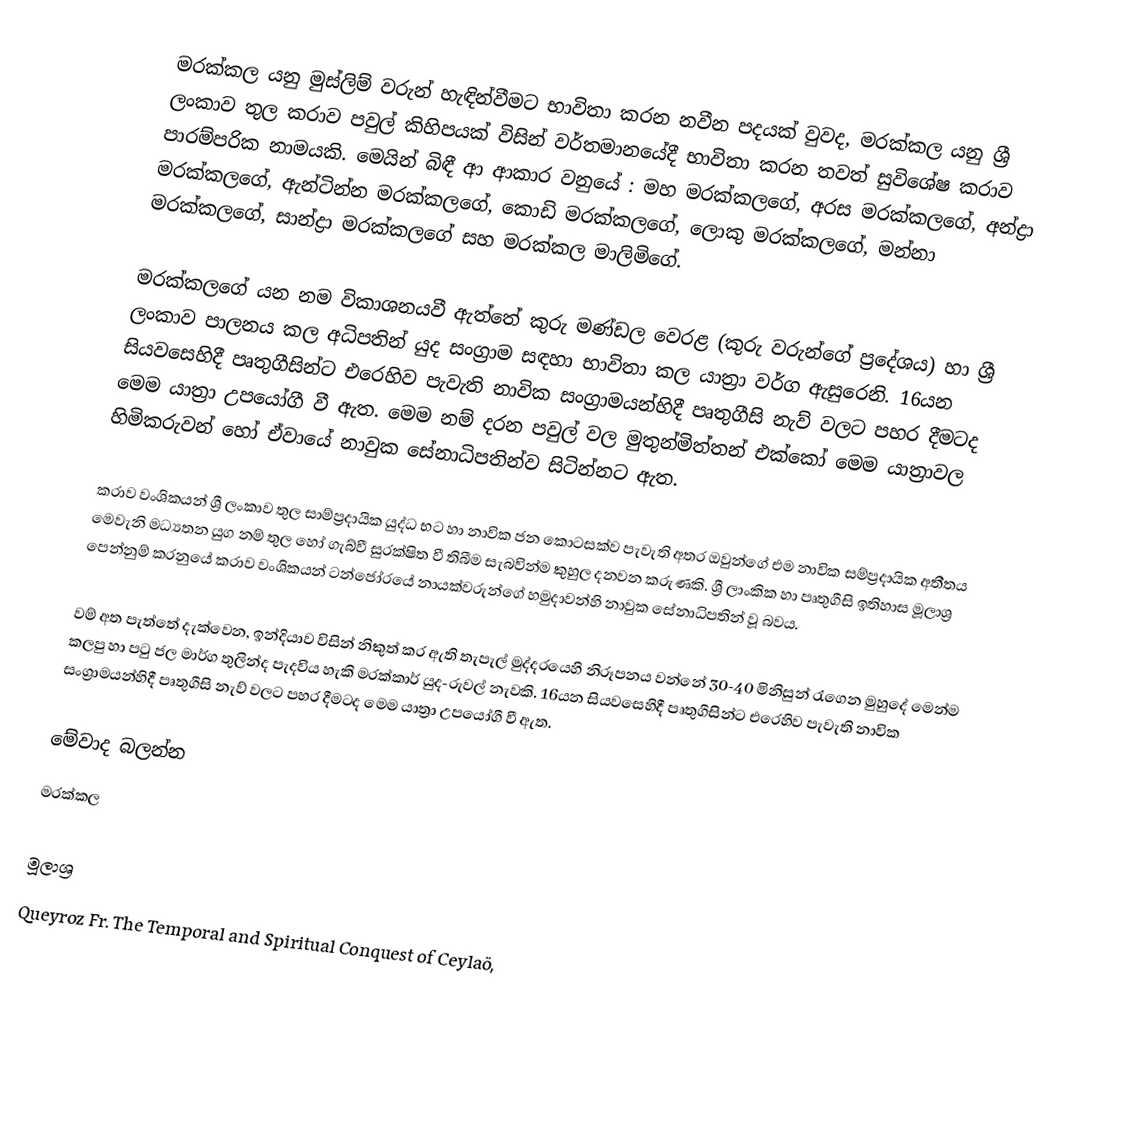
මරක්කල   යනු මුස්ලිම් වරුන් හැඳින්වීමට භාවිතා කරන නවීන පදයක් වුවද, මරක්කල යනු ශ්‍රී ලංකාව තුල කරාව පවුල් කිහිපයක් විසින් වර්තමානයේදී භාවිතා කරන තවත් සුවිශේෂ කරාව පාරම්පරික නාමයකි.  මෙයින් බිඳී ආ ආකාර වනුයේ : මහ මරක්කලගේ, අරස මරක්කලගේ, අන්ද්‍රා මරක්කලගේ, ඇන්ටින්න මරක්කලගේ, කොඩි මරක්කලගේ, ලොකු මරක්කලගේ, මන්නා මරක්කලගේ, සාන්ද්‍රා මරක්කලගේ සහ මරක්කල මාලිමිගේ.

මරක්කලගේ යන නම විකාශනයවී ඇත්තේ කුරු මණ්ඩල වෙරළ (කුරු වරුන්ගේ ප්‍රදේශය) හා ශ්‍රී ලංකාව පාලනය කල අධිපතින් යුද සංග්‍රාම සඳහා භාවිතා කල යාත්‍රා වර්ග ඇසුරෙනි. 16යන සියවසෙහිදී පෘතුගීසින්ට එරෙහිව පැවැති නාවික සංග්‍රාමයන්හිදී පෘතුගීසි නැව් වලට පහර දීමටද මෙම යාත්‍රා උපයෝගී වී ඇත.  මෙම නම් දරන පවුල් වල මුතුන්මිත්තන් එක්කෝ මෙම යාත්‍රාවල හිමිකරුවන් හෝ ඒවායේ නාවුක සේනාධිපතින්ව සිටින්නට ඇත.

කරාව වංශිකයන් ශ්‍රී ලංකාව තුල සාම්ප්‍රදායික යුද්ධ භට හා නාවික ජන කොටසක්ව පැවැති අතර ඔවුන්ගේ එම නාවික සම්ප්‍රදායික අතීතය මෙවැනි මධ්‍යතන යුග නම් තුල හෝ  ගැබ්වී සුරක්ෂිත වී තිබීම සැබවින්ම කුහුල දනවන කරුණකි. ශ්‍රී ලාංකික හා පෘතුගීසි ඉතිහාස මූලාශ්‍ර පෙන්නුම් කරනුයේ කරාව වංශිකයන් ටන්ජෝරයේ නායක්වරුන්ගේ හමුදාවන්හි නාවුක සේනාධිපතින් වූ බවය.

වම් අත පැත්තේ දැක්වෙන, ඉන්දියාව විසින් නිකුත් කර ඇති තැපැල් මුද්දරයෙහි නිරූපනය වන්නේ 30-40 මිනිසුන් රැගෙන මුහුදේ මෙන්ම කලපු  හා පටු ජල මාර්ග තුලින්ද පැදවිය හැකි  මරක්කාර් යුද-රුවල් නැවකි.  16යන සියවසෙහිදී පෘතුගීසින්ට එරෙහිව පැවැති නාවික සංග්‍රාමයන්හිදී පෘතුගීසි නැව් වලට පහර දීමටද මෙම යාත්‍රා උපයෝගී වී ඇත.

මේවාද බලන්න
 මරක්කල

මූලාශ්‍ර
Queyroz Fr. The Temporal and Spiritual Conquest of Ceylaö,